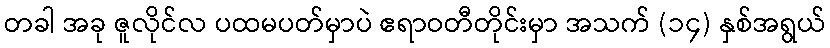
တခါ အခု ဇူလိုင်လ ပထမပတ်မှာပဲ ဧရာဝတီတိုင်းမှာ အသက် (၁၄) နှစ်အရွယ်